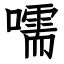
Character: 嚅